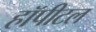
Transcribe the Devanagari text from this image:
हॉपीटल